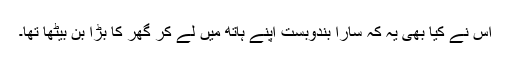
اس نے کیا بھی یہ کہ سارا بندوبست اپنے ہاتھ میں لے کر گھر کا بڑا بن بیٹھا تھا۔